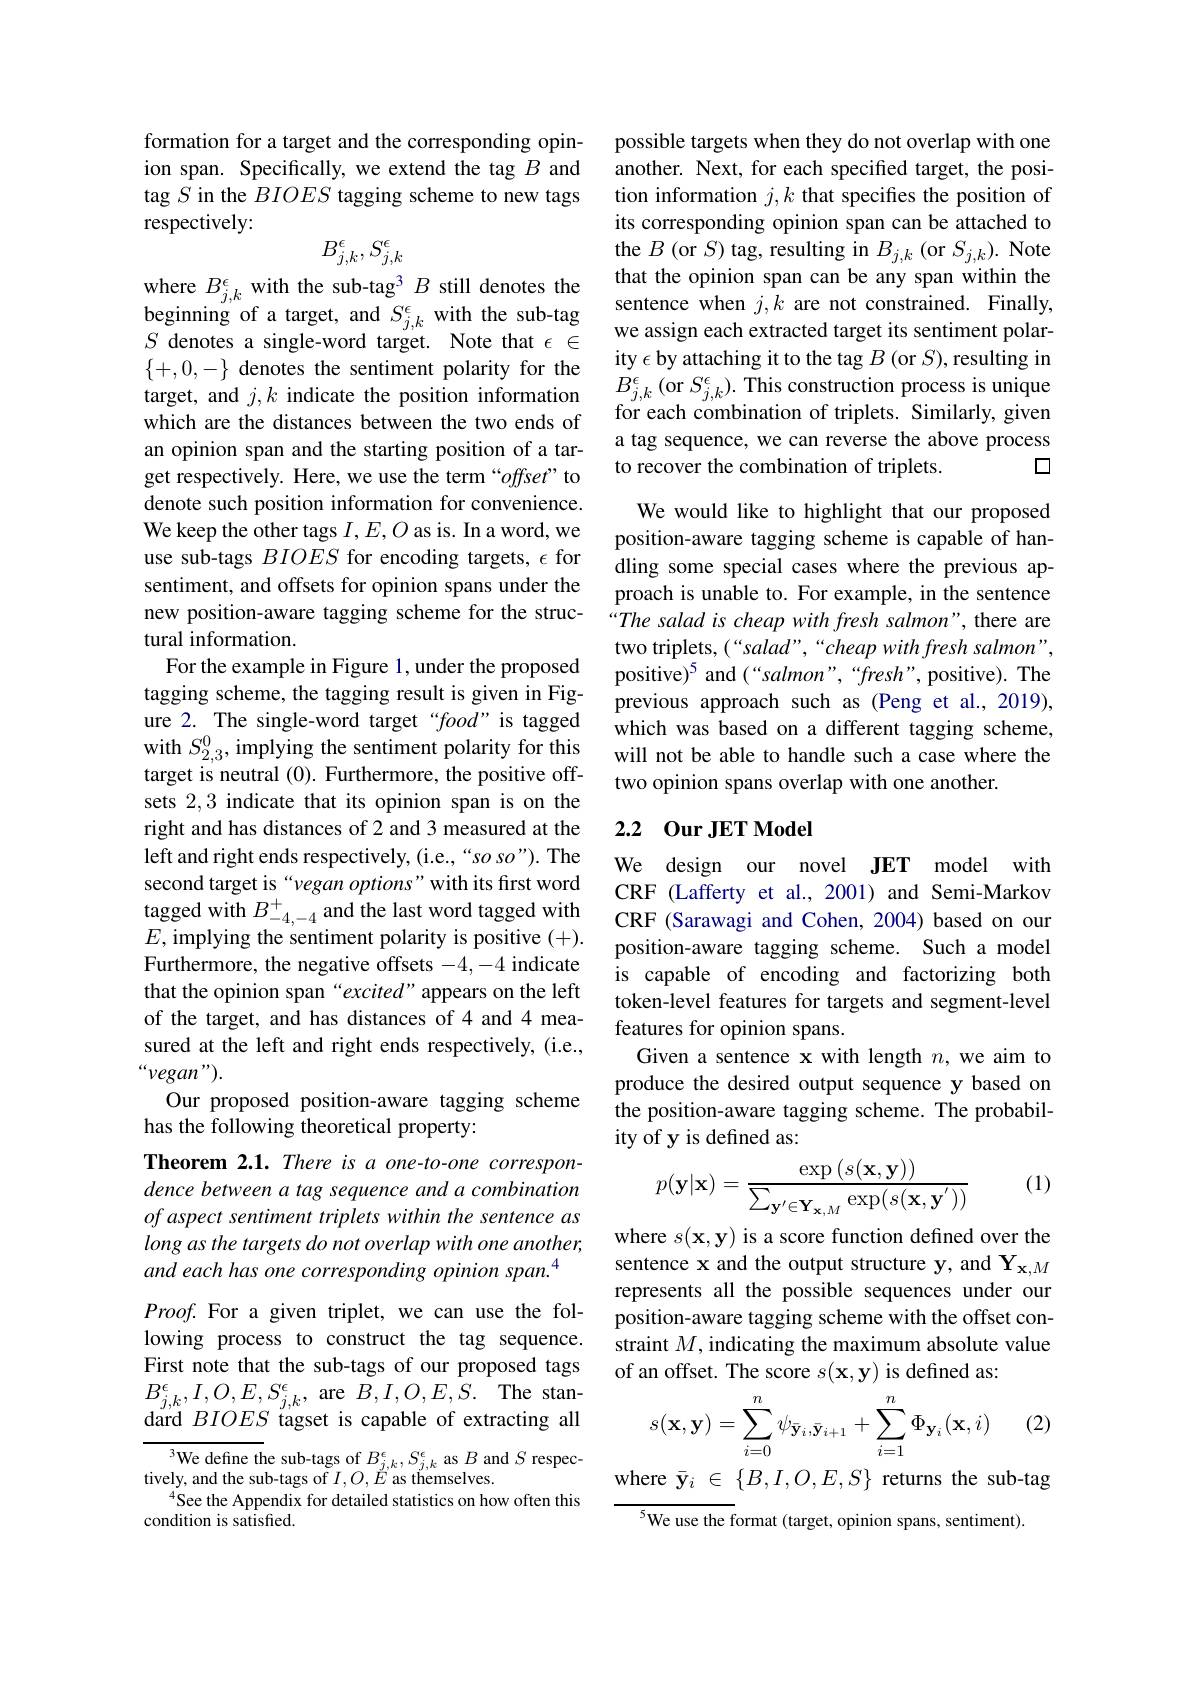
formation for a target and the corresponding opinion span. Specifically, we extend the tag $B$ and tag $S$ in the $BIOES$ tagging scheme to new tags respectively:
$$B_{j,k}^\epsilon,S_{j,k}^\epsilon $$
where $B_{j,k}^\epsilon$ with the sub-tag3 $B$ still denotes the $\{+,0,-\}$ denotes the sentiment polarity for the target, and $j,k$ indicate the position information which are the distances between the two ends of an opinion span and the starting position of a target respectively. Here, we use the term “offset” to denote such position information for convenience. We keep the other tags $I,E,O$ as is. In a word, we use sub-tags $BIOES$ for encoding targets, $\epsilon$ for sentiment, and offsets for opinion spans under the new position-aware tagging scheme for the structural information.
For the example in Figure 1, under the proposed tagging scheme, the tagging result is given in Figure 2. The single-word target“food”is tagged sets 2,3 indicate that its opinion span is on the right and has distances of 2 and 3 measured at the left and right ends respectively, (i.e.,“so so”). The second target is “vegan options”with its first word tagged with $B_-4,-4$ and the last word tagged with $E$, implying the sentiment polarity is positive (+). Furthermore, the negative offsets -4,-4 indicate that the opinion span“excited”appears on the left of the target, and has distances of 4 and 4 measured at the left and right ends respectively, (i.e., “vegan”).
Our proposed position-aware tagging scheme
has the following theoretical property:
Theorem 2.1. There is a one-to-one correspondence between a tag sequence and a combination of aspect sentiment triplets within the sentence as long as the targets do not overlap with one another, and each has one corresponding opinion span.$^{4}$
$Proof.$ For a given triplet, we can use the following process to construct the tag sequence. First note that the sub-tags of our proposed tags $\begin{array}{l}{B_{j,k}^{\epsilon},I,O,E,S_{j,k}^{\epsilon},\mathrm{~are~}B,I,O,E,S.\mathrm{~The~stan-}}\\{1-1-D+O+C-C-1}\end{array}$ dard $BIOES$ tagset is capable of extracting all $\begin{array}{c}{^{3}\text{We define the sub-tags of }B_{j,k}^{\epsilon},S_{j,k}^{\epsilon}\mathrm{~as~}B\mathrm{~and~}S\mathrm{~respec-}}\\{\text{tively, and the sub-tags of }I,O,E\mathrm{~as~themselves.}}\end{array}$

See the Appendix for detailed statistics on how often this
condition is satisfied.

possible targets when they do not overlap with one another. Next, for each specified target, the position information $j,k$ that specifes the position of its corresponding opinion span can be attached to the $B$ (or $S)$ tag, resulting in $B_j,k$ (or $S_j,k).$ Note that the opinion span can be any span within the sentence when $j,k$ are not constrained. Finally,
$\begin{array}{llll}\text{beginning of a target, and }S_{j,k}^{\epsilon}&\text{with the sub-tag}&\text{semlelice wlen }j,\kappa\text{ ale not colsualled. FIlally,}\\S&\text{denotes a single-word target. Note that }\epsilon\in&\text{we assign each extracted target its sentiment polar-}\end{array}$
ity $\epsilon$ by attaching it to the tag $B$ (or $S)$,resulting in $B_{j,k}^{\epsilon}\left(\mathrm{or~}S_{j,k}^{\epsilon}\right).$This construction process is unique for each combination of triplets. Similarly, given a tag sequence, we can reverse the above process
$\square$
to recover the combination of triplets.

We would like to highlight that our proposed position-aware tagging scheme is capable of handling some special cases where the previous approach is unable to. For example, in the sentence “The salad is cheap with fresh salmon", there are two triplets, (“salad”,“cheap with fresh salmon" positive)$^5$ and (“salmon”,“fresh”, positive). The previous approach such as (Peng et al., 2019), which was based on a different tagging scheme,
with $S_{2, 3}^0$,implying the sentiment polarity for thiswill not be able to handle such a case where the target is neutral ( 0) . Furthermore, the positive off- two opinion spans overlap with one another.
two opinion spans overlap with one another.

## 2.2 0ur JET Model

We design our novel JET model with CRF (Lafferty et al., 2001) and Semi-Markov CRF (Sarawagi and Cohen, 2004) based on our position-aware tagging scheme. Such a model is capable of encoding and factorizing both token-level features for targets and segment-level features for opinion spans.
Given a sentence x with length $n$, we aim to produce the desired output sequence y based on the position-aware tagging scheme. The probability of y is defined as:

(1)
$$p(\mathbf{y}|\mathbf{x})=\frac{\exp\left(s(\mathbf{x},\mathbf{y})\right)}{\sum_{\mathbf{y}'\in\mathbf{Y}_{\mathbf{x},M}}\exp(s(\mathbf{x},\mathbf{y}'))}$$
where $s(\mathbf{x},\mathbf{y})$ is a score function defined over the sentence x and the output structure y, and $\mathbf{Y}_{\mathbf{x},M}$ represents all the possible sequences under our position-aware tagging scheme with the offset constraint $M$, indicating the maximum absolute value of an offset. The score $s(\mathbf{x},\mathbf{y})$ is defined as:

(2)
$$s(\mathbf{x},\mathbf{y})=\sum\limits_{i=0}^n\psi_{\bar{\mathbf{y}}_i,\bar{\mathbf{y}}_{i+1}}+\sum\limits_{i=1}^n\Phi_{\mathbf{y}_i}(\mathbf{x},i)$$
where $\bar{\mathbf{y}}_i\in\{B,I,O,E,S\}$ returns the sub-tag
${^{5}\text{We use the format (target, opinion spans, sentiment)}}.$